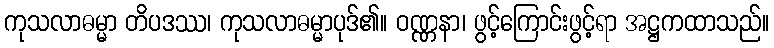
ကုသလာဓမ္မာ တိပဒဿ၊ ကုသလာဓမ္မာပုဒ်၏။ ဝဏ္ဏနာ၊ ဖွင့်ကြောင်းဖွင့်ရာ အဋ္ဌကထာသည်။